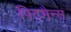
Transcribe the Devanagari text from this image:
पिटमैन्स